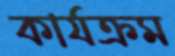
কার্যক্রম